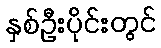
နှစ်ဦးပိုင်းတွင်